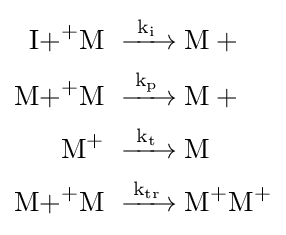
{\begin{aligned}{\ce {{I+}+M}}\ &{\ce {->[{k_{i}}]M+}}\\{\ce {{M+}+M}}\ &{\ce {->[{k_{p}}]M+}}\\{\ce {M+}}\ &{\ce {->[{k_{t}}]M}}\\{\ce {{M+}+M}}\ &{\ce {->[{k_{tr}}]{M}+M+}}\end{aligned}}